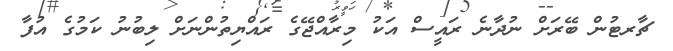
ޗާރޓުން ބޭރަށް ނުދާނެ ރައީސް އަކު މިރާއްޖޭގެ ރައްޔިތުންނަށް ލިބުނު ކަމުގެ އުފާ